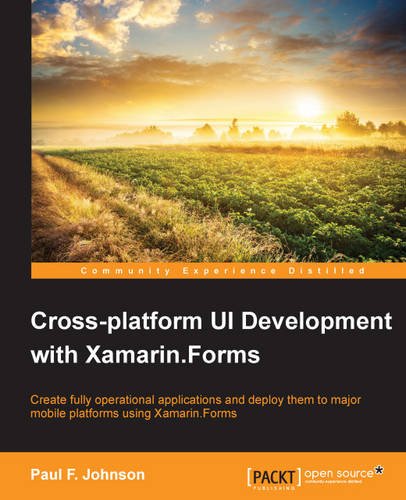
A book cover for Cross-platform UI Development with Xamarin.Forms; Paul F. Johnson; Computers & Technology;